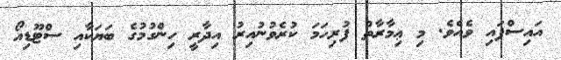
އައިސްފައި ވެއެވެ. މި ޢިމާރާތް ފުރިހަމަ ކުރެވުނުއިރު އިދާރީ ހިންގުމުގެ ބަޔަކާއި ސްޓޫޑިއޯ